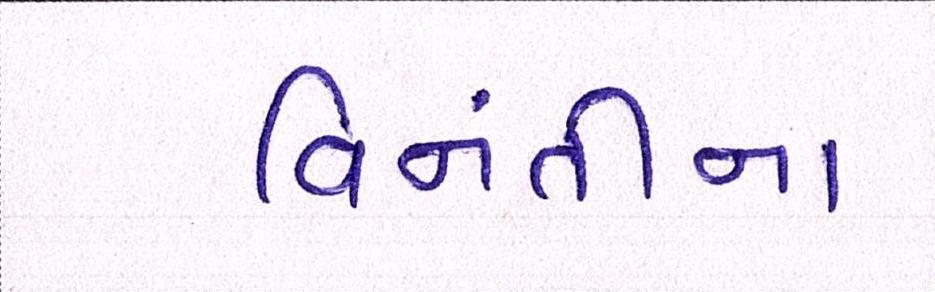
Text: વિનંતીના